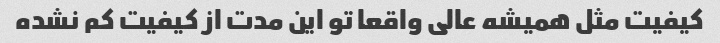
کیفیت مثل همیشه عالی واقعا تو این مدت از کیفیت کم نشده